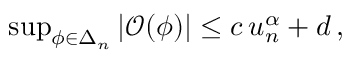
\begin{array} { r } { \operatorname* { s u p } _ { \phi \in \Delta _ { n } } \left\vert \mathcal { O } ( \phi ) \right\vert \le c \, u _ { n } ^ { \alpha } + d \, , } \end{array}